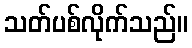
သတ်ပစ်လိုက်သည်။